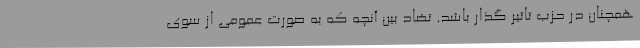
همچنان در حزب تاثیر گذار باشد. تضاد بین آنچه که به صورت عمومی از سوی